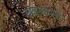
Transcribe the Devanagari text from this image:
स्नेहकस्तर